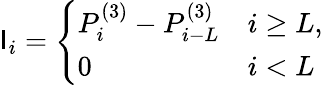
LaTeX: \mathsf{I}_{i}=\left\{ \begin{array}{ll}{P_{i}^{(3)}-P_{i-L}^{(3)}}&{i\geq{L},}\\ {0}&{i<{L}}\end{array}\right.